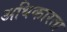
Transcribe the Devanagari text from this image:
अधिकारता